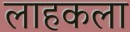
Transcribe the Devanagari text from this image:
लाहकला